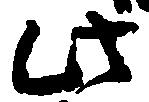
此